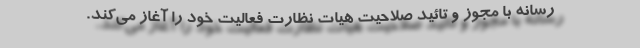
رسانه با مجوز و تائید صلاحیت هیات نظارت فعالیت خود را آغاز می‌کند.